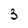
Character: 3